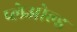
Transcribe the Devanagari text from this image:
प्लेओल्ड